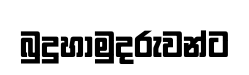
බුදුහාමුදරුවන්ට